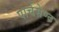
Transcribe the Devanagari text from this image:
पार्चमेण्ट